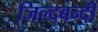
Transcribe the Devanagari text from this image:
जिल्दबन्दी